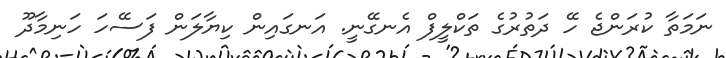
ނަމަތާ ކުރަންޖެ ހޭ ދަތުރުގެ ތަކްލީފް އެނގޭނީ. އަނގައިން ކިޔާލަން ފަސޭހަ ހަނިމާދޫ